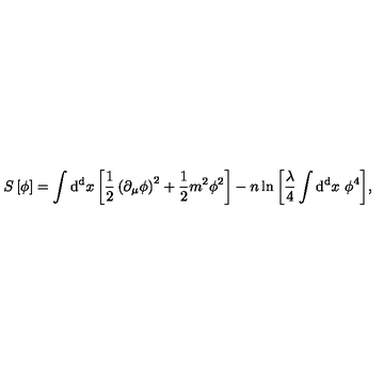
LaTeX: S \left[ \phi \right] = \int \mathrm { d ^ { d } } x \left[ { \frac { 1 } { 2 } } \left( \partial _ { \mu } \phi \right) ^ { 2 } + { \frac { 1 } { 2 } } m ^ { 2 } \phi ^ { 2 } \right] - n \ln { \left[ { \frac { \lambda } { 4 } } \int \mathrm { d ^ { d } } x \ \phi ^ { 4 } \right] } ,